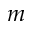
m